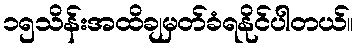
၁၅သိန်းအထိချမှတ်ခံရနိုင်ပါတယ်။